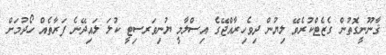
ޤާނޫނީގޮތުން ގެޒެޓްކުރެވޭ ލިޔުން ދިވެހިރާއްޖޭގެ އިސްލާމީ ޔުނިވަރސިޓީ ކުލަ ލައިދޭނެ ފަރާތެއް ހޯދުމަށް